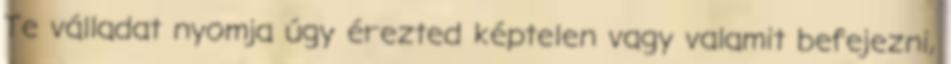
Te válladat nyomja úgy érezted képtelen vagy valamit befejezni,